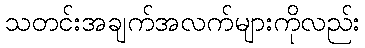
သတင်းအချက်အလက်များကိုလည်း